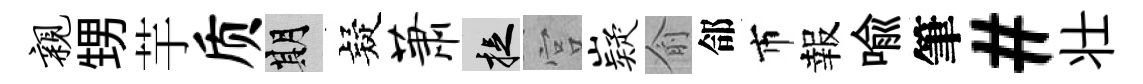
亲甥芋质期疑萧捉宫嶷俞郃市報喩筆#壮